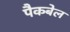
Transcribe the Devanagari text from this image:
पैकबेल